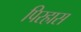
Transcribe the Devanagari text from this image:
पिरहास